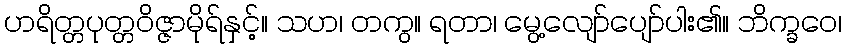
ဟရိတ္တပုတ္တဝိဇ္ဇာမိုရ်နှင့်။ သဟ၊ တကွ။ ရတာ၊ မွေ့လျော်ပျော်ပါး၏။ ဘိက္ခဝေ၊